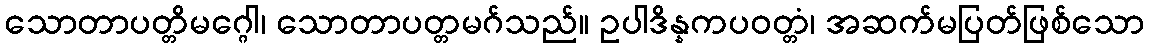
သောတာပတ္တိမဂ္ဂေါ၊ သောတာပတ္တမဂ်သည်။ ဥပါဒိန္နကပဝတ္တံ၊ အဆက်မပြတ်ဖြစ်သော